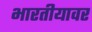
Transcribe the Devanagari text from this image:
भारतीयावर